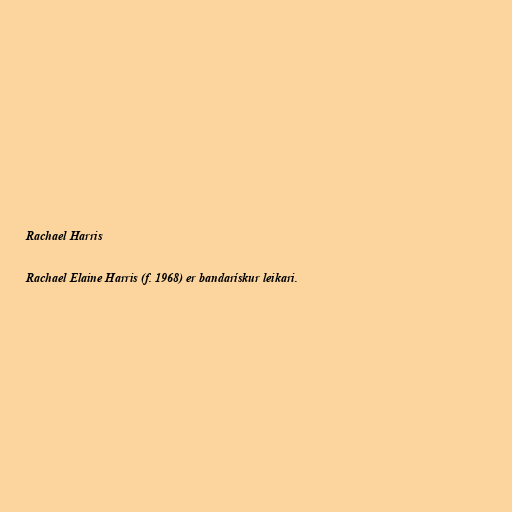
Rachael Harris

Rachael Elaine Harris (f. 1968) er bandarískur leikari.